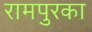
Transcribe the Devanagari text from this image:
रामपुरका